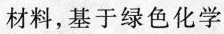
材料，基于绿色化学